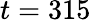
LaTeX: t=315